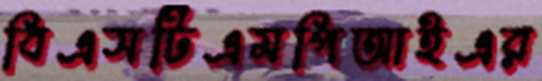
বিএসটিএমপিআইএর